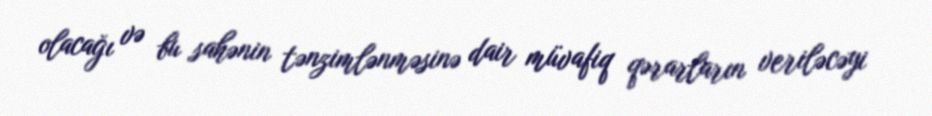
olacağı və bu sahənin tənzimlənməsinə dair müvafiq qərarların veriləcəyi